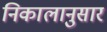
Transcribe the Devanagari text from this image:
निकालानुसार